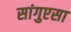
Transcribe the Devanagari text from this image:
सांगुएसा